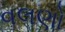
વલણો